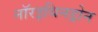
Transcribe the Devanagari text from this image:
नॉरइथिनड्रोन